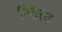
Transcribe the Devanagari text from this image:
स्तित्व